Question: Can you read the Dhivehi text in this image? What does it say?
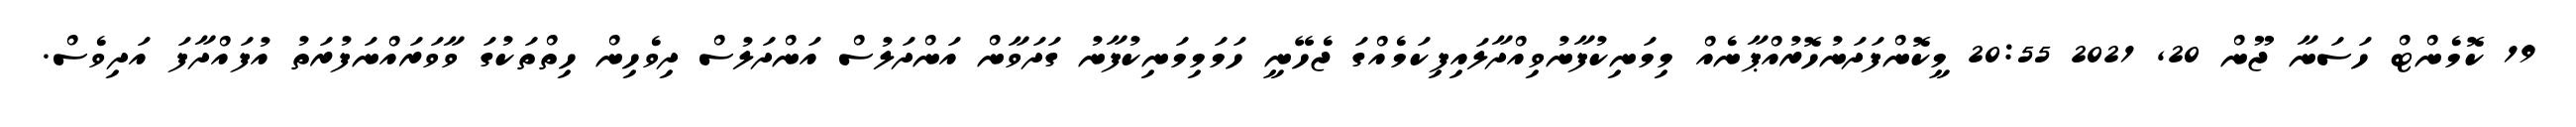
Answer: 19 ކޮމެންޓް ހަސަނާ ޖޫން 20, 2021 20:55 މީކޮންފަދަނުހޮރުއްޕާނެއް މިމަނިކުފާނުވިއްދާލައިފިކަމެއްގަ ޖެހޭނީ ހަމަމިމަނިކުފާނު ގަދަވާން އަންދަލުސް އަންދަލުސް ދިވެހިން ހިތްތަކުގަ ވާވަރައްނަފުރަތު އުފައްދާފަ އަދިވެސް.